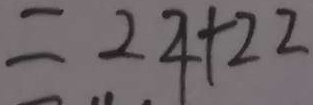
= 2 4 + 2 2